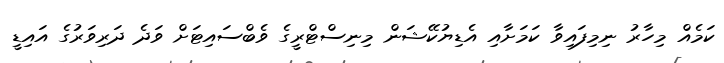
ކަމެއް މިހާރު ނިމިފައިވާ ކަމަށާއި އެޑިޔުކޭޝަން މިނިސްޓްރީގެ ވެބްސައިޓަށް ވަދެ ދަރިވަރުގެ އައިޑީ